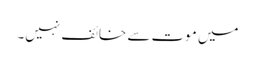
میں موت سے خائف نہیں۔